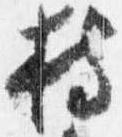
持